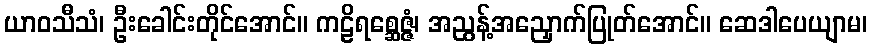
ယာဝသီသံ၊ ဦးခေါင်းတိုင်အောင်။ ကဠိရစ္ဆေဇ္ဇံ၊ အညွန့်အညှောက်ပြုတ်အောင်။ ဆေဒါပေယျာမ၊